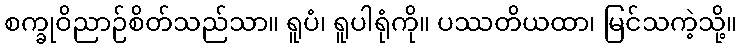
စက္ခုဝိညာဉ်စိတ်သည်သာ။ ရူပံ၊ ရူပါရုံကို။ ပဿတိယထာ၊ မြင်သကဲ့သို့။